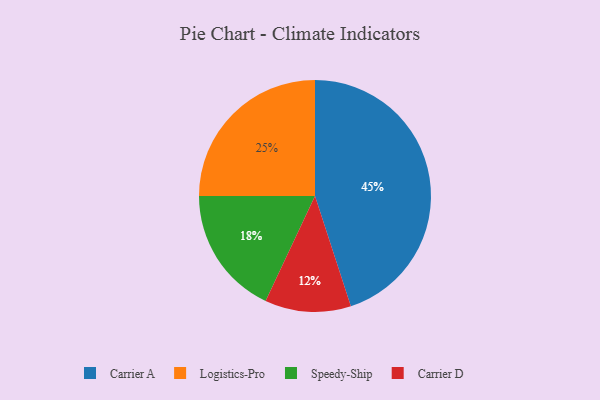
{"axis": {"x": "Category", "y": "Percentage"}, "legend": ["Carrier A", "Carrier D", "Logistics-Pro", "Speedy-Ship"], "data": [{"x": "Carrier A", "y": 45, "type": "Carrier A"}, {"x": "Speedy-Ship", "y": 18, "type": "Speedy-Ship"}, {"x": "Logistics-Pro", "y": 25, "type": "Logistics-Pro"}, {"x": "Carrier D", "y": 12, "type": "Carrier D"}]}